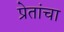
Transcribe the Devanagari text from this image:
प्रेतांचा